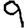
Digit: 9